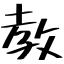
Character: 教